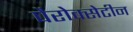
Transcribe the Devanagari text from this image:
पैरोक्सेटीन